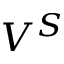
V ^ { S }